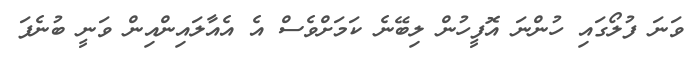
ވަނަ ފުލޯގައި ހުންނަ އޮފީހުން ލިބޭނެ ކަމަށްވެސް އެ އެއާލައިންއިން ވަނީ ބުނެފަ